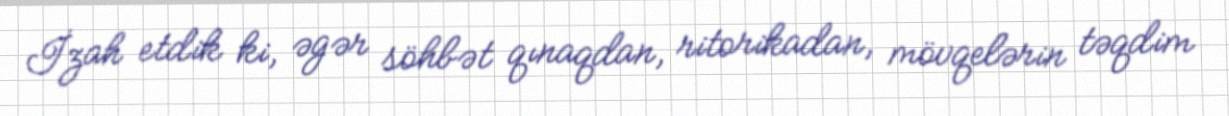
İzah etdik ki, əgər söhbət qınaqdan, ritorikadan, mövqelərin təqdim